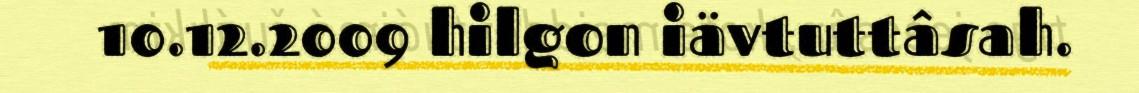
10.12.2009 hilgon iävtuttâsah.